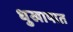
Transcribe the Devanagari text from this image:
धुखापात